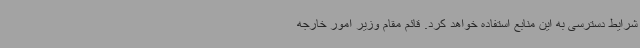
شرایط دسترسی به این منابع استفاده خواهد کرد. قائم مقام وزیر امور خارجه